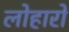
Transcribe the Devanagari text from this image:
लोहारो